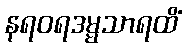
နရဝရဒမ္မသာရထိံ